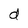
Character: d